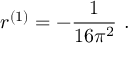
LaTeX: r ^ { ( 1 ) } = - \frac { 1 } { 1 6 \pi ^ { 2 } } \ .